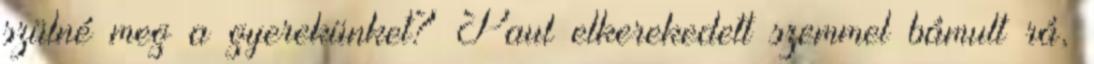
szülné meg a gyerekünket? Paul elkerekedett szemmel bámult rá,